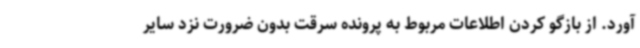
آورد. از بازگو کردن اطلاعات مربوط به پرونده سرقت بدون ضرورت نزد سایر